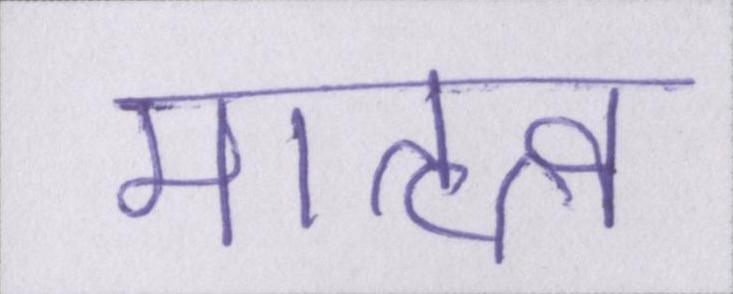
मातृत्व